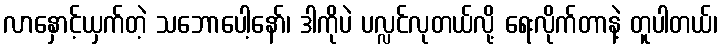
လာနှောင့်ယှက်တဲ့ သဘောပေါ့နော်၊ ဒါကိုပဲ ပလ္လင်လုတယ်လို့ ရေးလိုက်တာနဲ့ တူပါတယ်၊